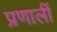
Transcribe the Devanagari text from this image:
प्रणालीं